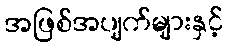
အဖြစ်အပျက်များနှင့်